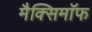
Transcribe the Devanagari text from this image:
मैक्सिमाॅफ